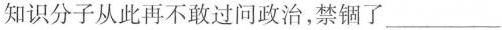
知识分子从此再不敢过问政治，禁锢了___